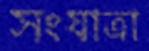
সংযাত্রা